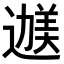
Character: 𬩇